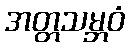
အတ္တသမ္ဘဝံ